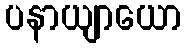
ပနာယျာယော